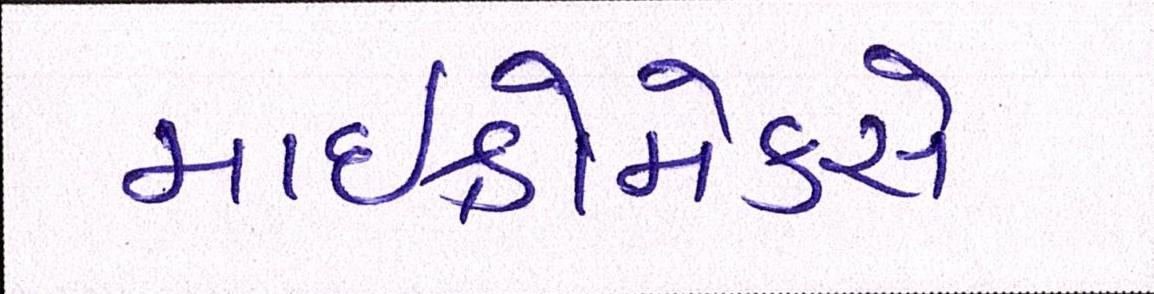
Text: માઈક્રોમેક્સે